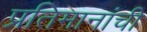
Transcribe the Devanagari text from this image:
प्रतिमानांची